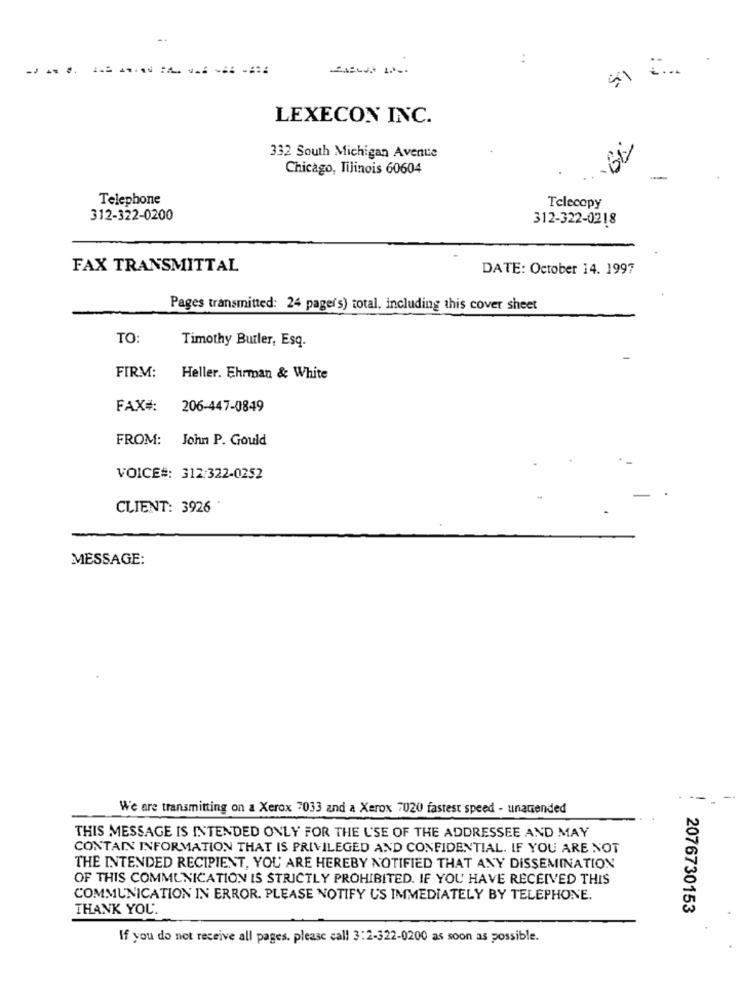
..
:
-.....
LEXECON INC.
332 South Michigan Avenue
GV
Chicago, Tilinois 60604
Telephone
Telecopy
312-322-0200
312-322-0218
FAX TRANSMITTAL
DATE: October 14. 1997
Pages transmitted: 24 pager's) total, including this cover sheet
TO:
Timothy Butler, Esq.
FIRM:
Heller. Ehrman & White
FAX#:
206-447-0849
FROM: John P. Gould
VOICE#: 312/322-0252
CLIENT: 3926
MESSAGE:
We are transmitting on a Xerox 7033 and a Xerox 7020 fastest speed - unamended
THIS MESSAGE IS INTENDED ONLY FOR THE USE OF THE ADDRESSEE AND MAY
CONTAIN INFORMATION THAT IS PRIVILEGED AND CONFIDENTIAL. IF YOU ARE NOT
THE INTENDED RECIPIENT, YOU ARE HEREBY NOTIFIED THAT ANY DISSEMINATION
OF THIS COMMUNICATION IS STRICTLY PROHIBITED. IF YOU HAVE RECEIVED THIS
COMMUNICATION IN ERROR, PLEASE NOTIFY US IMMEDIATELY BY TELEPHONE.
THANK YOU.
2076730153
If you do not receive all pages. please call 3:2-322-0200 as soon as possible.